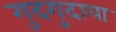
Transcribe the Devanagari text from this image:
गुदगुदाया